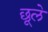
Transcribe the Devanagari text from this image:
छूले